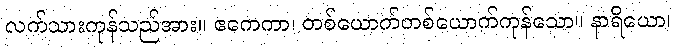
လက်သားကုန်သည်အား။ ဧကေကာ၊ တစ်ယောက်တစ်ယောက်ကုန်သော။ နာရိယော၊